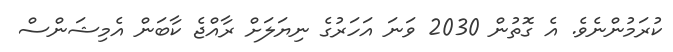
ކުރަމުންނެވެ. އެ ގޮތުން 2030 ވަނަ އަހަރުގެ ނިޔަލަށް ރާއްޖެ ކާބަން އެމިޝަންސް